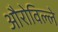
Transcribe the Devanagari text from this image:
औरोविल्ले